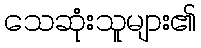
သေဆုံးသူများ၏